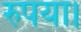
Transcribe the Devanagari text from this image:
रुपया।